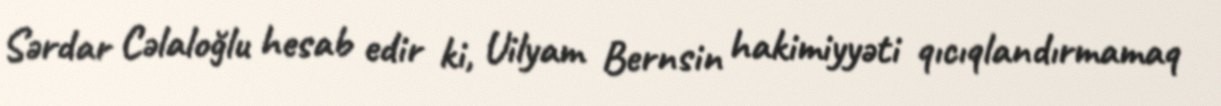
Sərdar Cəlaloğlu hesab edir ki, Uilyam Bernsin hakimiyyəti qıcıqlandırmamaq